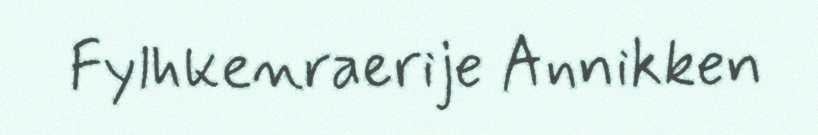
Fylhkenraerije Annikken